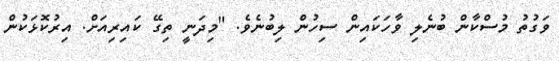
ވަގުތު މުސްކާން ބުނެލި ވާހަކައިން ސިހުން ލިބުނެވެ. "މިދަނީ ތިގޭ ކައިރިއަށް. އިރުކޮޅަކުން